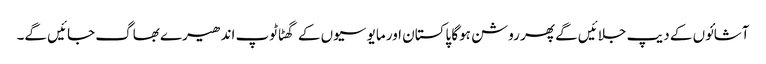
آشائوں کے دیپ جلائیں گے پھر روشن ہوگا پاکستان اور مایوسیوں کے گھٹاٹوپ اندھیرے بھاگ جائیں گے۔